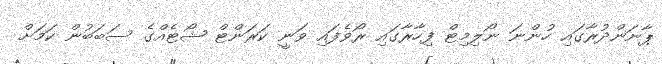
ޕާނަންދުރާގައި ހުންނަ ނޯލިމިޓް ފިހާރާގައި ރޯވެފައި ވަނީ ކަރަންޓް ޝޯޓެއްގެ ސަބަބުން ކަމަށް